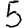
Digit: 5